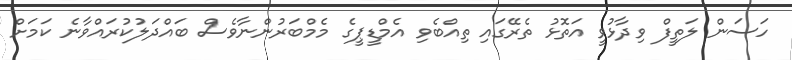
ހަސަން ލަތީފް ވިދާޅުވީ އަތޮޅު ތެރޭގައި ތިއްބެވި އެމްޑީޕީގެ މެމްބަރުންނާވެސް ބައްދަލުކުރައްވާނެ ކަމަށް